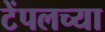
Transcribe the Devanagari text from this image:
टेंपलच्या